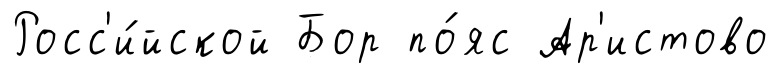
Росс'и́йской Бор по́яс Ар'истово